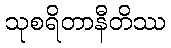
သုစရိတာနီတိဿ